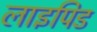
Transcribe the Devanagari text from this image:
लाइपिड